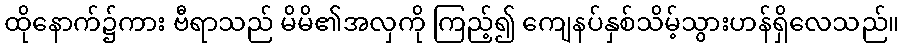
ထိုနောက်၌ကား ဗီရာသည် မိမိ၏အလှကို ကြည့်၍ ကျေနပ်နှစ်သိမ့်သွားဟန်ရှိလေသည်။